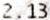
2.13